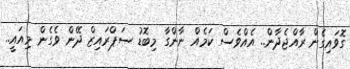
ގޮވައިގެން ރާއްޖެދާން.. އެއްވެސް ކަމެއް ނާންގާ މިބޮޑު ސަޕްރައިޒް ދޭން ވެގެން މިއައީ..